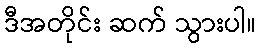
ဒီအတိုင်း ဆက် သွားပါ။